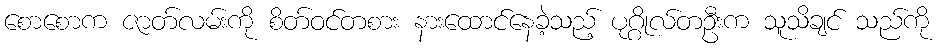
စောစောက ဇာတ်လမ်းကို စိတ်ဝင်တစား နားထောင်နေခဲ့သည့် ပုဂ္ဂိုလ်တဦးက သူသိချင် သည်ကို